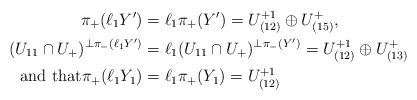
LaTeX: \begin{align*}\pi_+(\ell_1 Y') & =\ell_1\pi_+(Y')=U_{(12)}^{+1}\oplus U_{(15)}^+, \\(U_{11}\cap U_+)^{\perp \pi_-(\ell_1 Y')} & =\ell_1 (U_{11}\cap U_+)^{\perp \pi_-(Y')} =U_{(12)}^{+1}\oplus U_{(13)}^+ \\\mbox{and that}\pi_+(\ell_1 Y_1) & =\ell_1\pi_+(Y_1) =U_{(12)}^{+1}\end{align*}